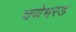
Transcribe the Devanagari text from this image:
चणेभरड